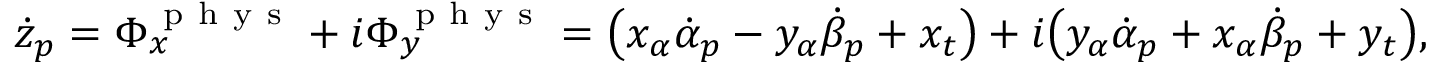
\dot { z } _ { p } = \Phi _ { x } ^ { \mathrm { ~ p ~ h ~ y ~ s ~ } } + i \Phi _ { y } ^ { \mathrm { ~ p ~ h ~ y ~ s ~ } } = \big ( x _ { \alpha } \dot { \alpha } _ { p } - y _ { \alpha } \dot { \beta } _ { p } + x _ { t } \big ) + i \big ( y _ { \alpha } \dot { \alpha } _ { p } + x _ { \alpha } \dot { \beta } _ { p } + y _ { t } \big ) ,